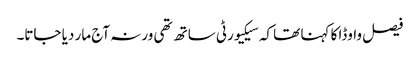
فیصل واوڈا کا کہنا تھا کہ سیکیورٹی ساتھ تھی ورنہ آج مار دیا جاتا۔